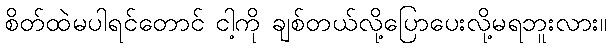
စိတ်ထဲမပါရင်တောင် ငါ့ကို ချစ်တယ်လို့ပြောပေးလို့မရဘူးလား။